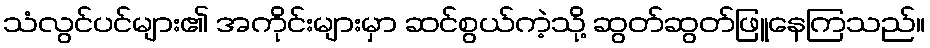
သံလွင်ပင်များ၏ အကိုင်းများမှာ ဆင်စွယ်ကဲ့သို့ ဆွတ်ဆွတ်ဖြူနေကြသည်။